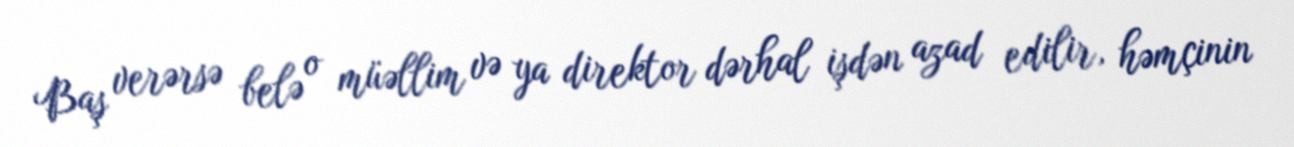
Baş verərsə belə o müəllim və ya direktor dərhal işdən azad edilir, həmçinin